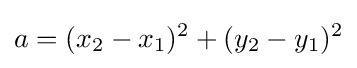
a=(x_{2}-x_{1})^{2}+(y_{2}-y_{1})^{2}